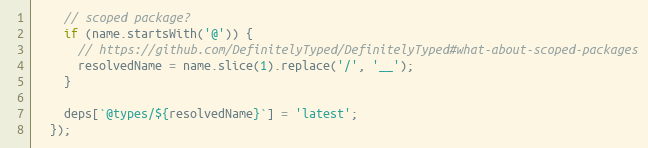
Language: JavaScript
    // scoped package?
    if (name.startsWith('@')) {
      // https://github.com/DefinitelyTyped/DefinitelyTyped#what-about-scoped-packages
      resolvedName = name.slice(1).replace('/', '__');
    }

    deps[`@types/${resolvedName}`] = 'latest';
  });